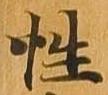
性